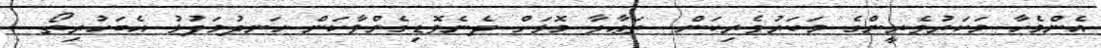
އެންެމެހާ މަކަރުވެރީންގެ މަކަރުވެރިކަން  ތަޢާލާ މޮޅަށް ދެނެވޮޑިގެންވާކަން ހަނދުމަފުޅު އެބަހުރިތޯ